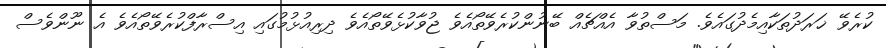
ކުރެވޭ ޚަރަދުތަކާއިމެދުގައެވެ. މަސްތުވާ އެއްޗެއް ބޭނުންކުރެވޭތޯއެވެ ޖުވާކުޅެވޭތޯއެވެ ދިރިއުޅުމުގައި އިސްރާފްކުރެވޭތޯއެވެ އެ ނޫންވެސް